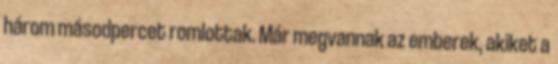
három másodpercet romlottak. Már megvannak az emberek, akiket a